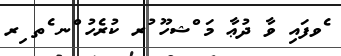
ެވފައި ވާ ދުޢާ މަ ްޝހޫ ުރ ކުރެހު ްނ ެތ ިރ